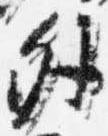
外